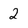
Character: 2